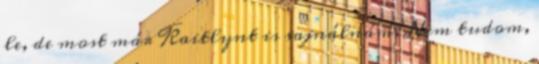
le, de most már Kaitlynt is sajnálnám. Nem tudom,